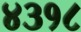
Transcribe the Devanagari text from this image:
४३१८